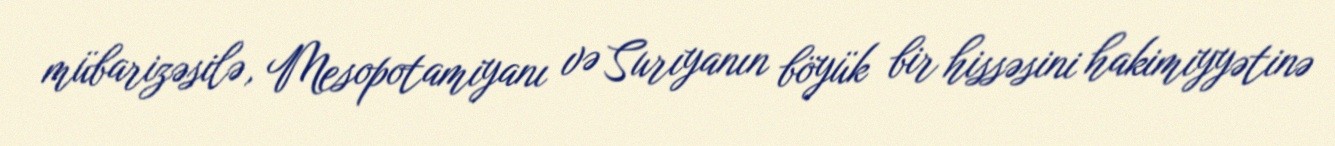
mübarizəsilə, Mesopotamiyanı və Surıyanın böyük bir hissəsini hakimiyyətinə